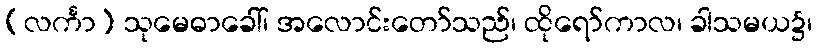
(လင်္ကာ) သုမေဓာခေါ်၊ အလောင်းတော်သည်၊ ထိုရော်ကာလ၊ ခါသမယ၌၊